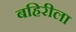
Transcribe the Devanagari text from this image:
बहिरीला